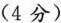
(4分)